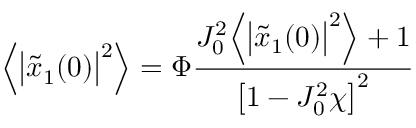
\Big \langle \big | \tilde { x } _ { 1 } ( 0 ) \big | ^ { 2 } \Big \rangle = \Phi \frac { J _ { 0 } ^ { 2 } \Big \langle \big | \tilde { x } _ { 1 } ( 0 ) \big | ^ { 2 } \Big \rangle + 1 } { \big [ 1 - J _ { 0 } ^ { 2 } \chi \big ] ^ { 2 } }